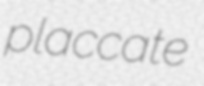
placcate